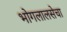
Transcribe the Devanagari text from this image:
भोगलालसेचा